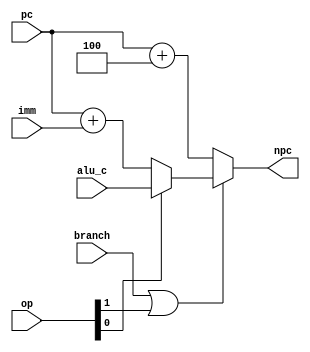
`timescale 1ns / 1ps

module NPC(
    input branch,
    input [1:0] op,
    input [31:0] alu_c,
    input wire [31:0] pc,
    input wire [31:0] imm,
    output wire [31:0] npc
    );

    reg [31:0]next_pc;
    assign npc = next_pc;
    
    always @(*) begin
        if (branch|| op[1]) begin
            if(op[0] == 1) 
                next_pc = alu_c;
            else
                next_pc = pc + imm;
        end
        else begin
            next_pc = pc + 4;
        end
    end
endmodule